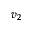
v _ { 2 }